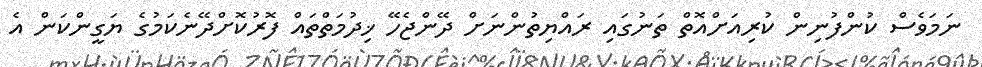
ނަމަވެސް ކުންފުނިން ކުރިއަށްއޮތް ތަނުގައި ރައްްޔިތުންނަށް ދޭންޖެހޭ ޚިދުމަތްތައް ފޮރުކޮށްދޭނެކަމުގެ ޔަގީންކަން އެ